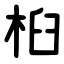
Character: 桕